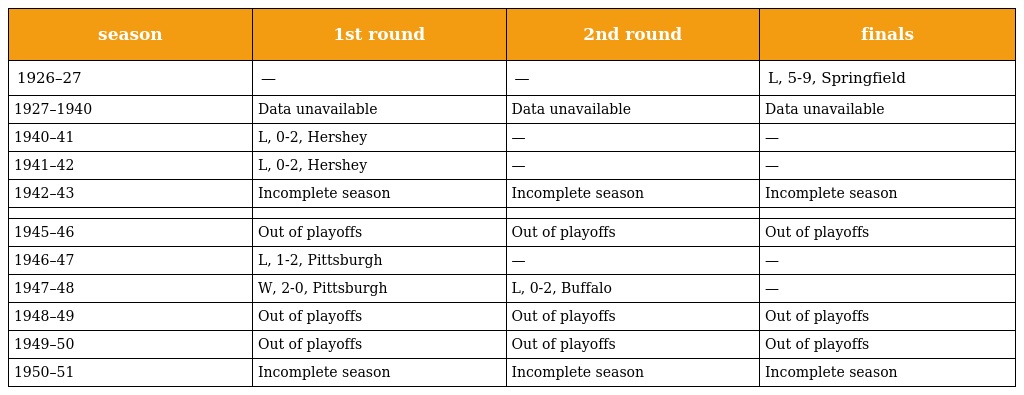
| season | 1st round | 2nd round | finals |
 | --- | --- | --- | --- |
 | 1926–27 | — | — | L, 5-9, Springfield |
 | 1927–1940 | Data unavailable | Data unavailable | Data unavailable |
 | 1940–41 | L, 0-2, Hershey | — | — |
 | 1941–42 | L, 0-2, Hershey | — | — |
 | 1942–43 | Incomplete season | Incomplete season | Incomplete season |
 |  |  |  |  |
 | 1945–46 | Out of playoffs | Out of playoffs | Out of playoffs |
 | 1946–47 | L, 1-2, Pittsburgh | — | — |
 | 1947–48 | W, 2-0, Pittsburgh | L, 0-2, Buffalo | — |
 | 1948–49 | Out of playoffs | Out of playoffs | Out of playoffs |
 | 1949–50 | Out of playoffs | Out of playoffs | Out of playoffs |
 | 1950–51 | Incomplete season | Incomplete season | Incomplete season |